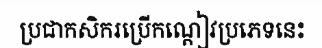
ប្រជាកសិករប្រើកណ្តៀវប្រភេទនេះ